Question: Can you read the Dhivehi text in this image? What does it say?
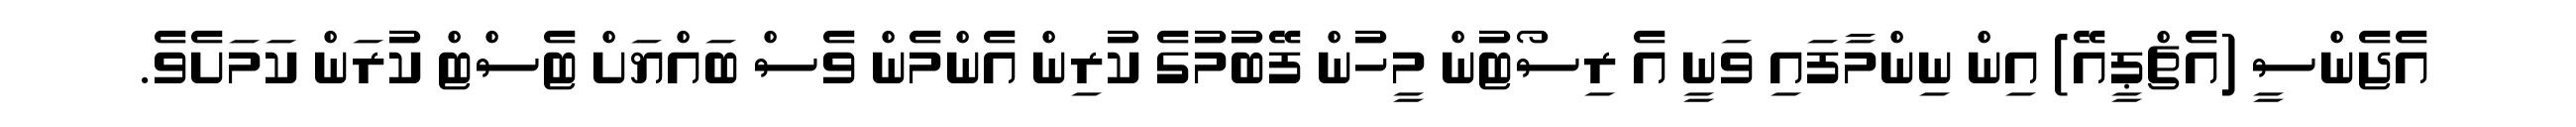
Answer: އެޖެންސީ (އެޗްޕީއޭ) އިން ނިންމާފައި ވަނީ އެ ރިސޯޓުން މީހުން ފޭބުމުގެ ކުރިން އެންމެން ވެސް ބައްޔަށް ޓެސްޓް ކުރަން ކަމަށެވެ.